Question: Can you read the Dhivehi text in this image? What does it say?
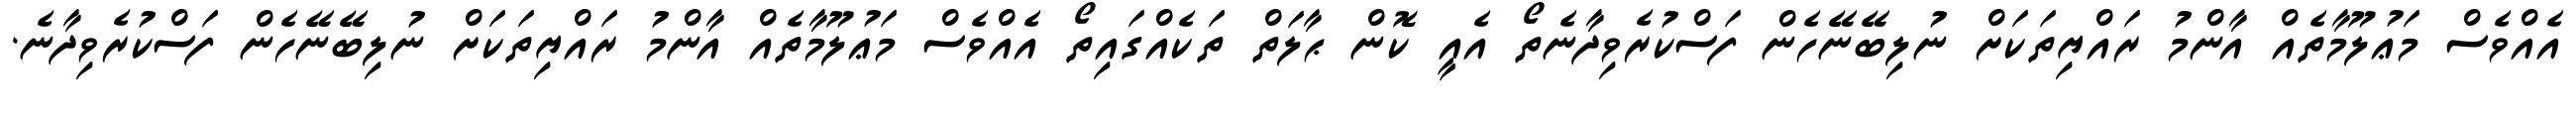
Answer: އެއްވެސް މަޢުލޫމާތެއް އާންމު ރައްޔިތަކަށް ނުލިބޭނޭހެން ފަސްކުރެވިދާނެތޯ އެއީ ކޮން ޙާލަތް ތަކެއްގައިތޯ އެއްވެސް މަޢުލޫމާތެއް އާންމު ރައްޔިތަކަށް ނުލިބޭނޭހެން ފަސްކުރެވިދާނެ.